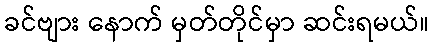
ခင်ဗျား နောက် မှတ်တိုင်မှာ ဆင်းရမယ်။